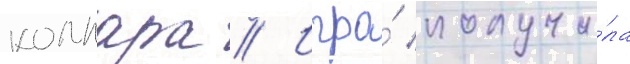
коллара // Игра́ получи́ла